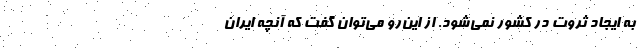
به ایجاد ثروت در کشور نمی‌شود. از این‌رو می‌توان گفت که آنچه ایران